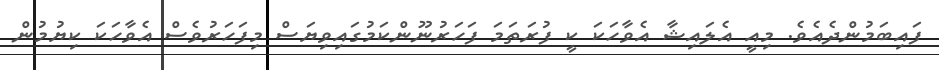
ފައިބަމުންދެއެވެ. މިއީ އެލައިޝާ އެވާހަަކަ ކީ ފުރަތަމަ ފަހަރުނޫންކަމުގައިވިޔަސް މިފަހަރުވެސް އެވާހަކަ ކިޔުމުން